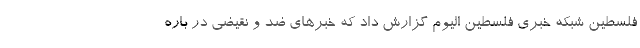
فلسطین شبکه خبری فلسطین الیوم گزارش داد که خبرهای ضد و نقیضی در باره